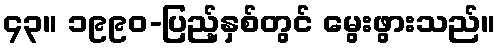
၄၃။ ၁၉၉၀-ပြည့်နှစ်တွင် မွေးဖွားသည်။